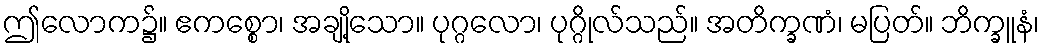
ဤလောက၌။ ဧကစ္စော၊ အချို့သော။ ပုဂ္ဂလော၊ ပုဂ္ဂိုလ်သည်။ အတိက္ခဏံ၊ မပြတ်။ ဘိက္ခူနံ၊